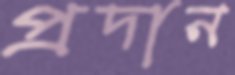
প্রদান